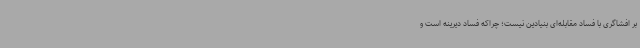
بر افشاگری با فساد مقابله‌ای بنیادین نیست؛ چراکه فساد دیرینه است و